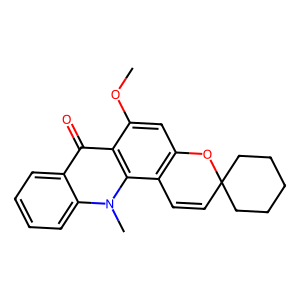
SMILES: COc1cc2c(c3c1c(=O)c1ccccc1n3C)C=CC1(CCCCC1)O2
Inhibits HIV replication: No